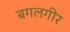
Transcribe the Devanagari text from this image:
बगलगीर